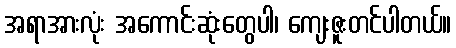
အရာအားလုံး အကောင်းဆုံးတွေပါ၊ ကျေးဇူးတင်ပါတယ်။